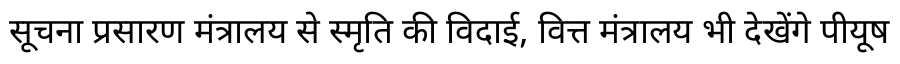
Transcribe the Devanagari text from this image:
सूचना प्रसारण मंत्रालय से स्मृति की विदाई, वित्त मंत्रालय भी देखेंगे पीयूष